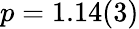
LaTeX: p=1.14(3)